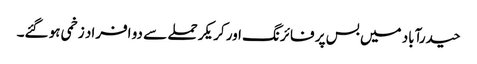
حیدرآباد میں بس پر فائرنگ اور کریکر حملے سے دو افراد زخمی ہو گئے۔